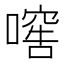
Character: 𱔫